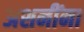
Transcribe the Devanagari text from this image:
अशनींना